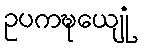
ဥပကဍ္ဎေယျုံ